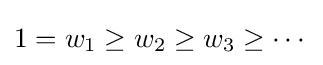
1=w_{1}\geq w_{2}\geq w_{3}\geq \cdots